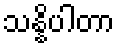
သန္နိပါတာ